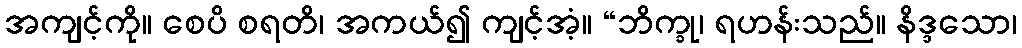
အကျင့်ကို။ စေပိ စရတိ၊ အကယ်၍ ကျင့်အံ့။ “ဘိက္ခု၊ ရဟန်းသည်။ နိဒ္ဒသော၊